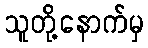
သူတို့နောက်မှ